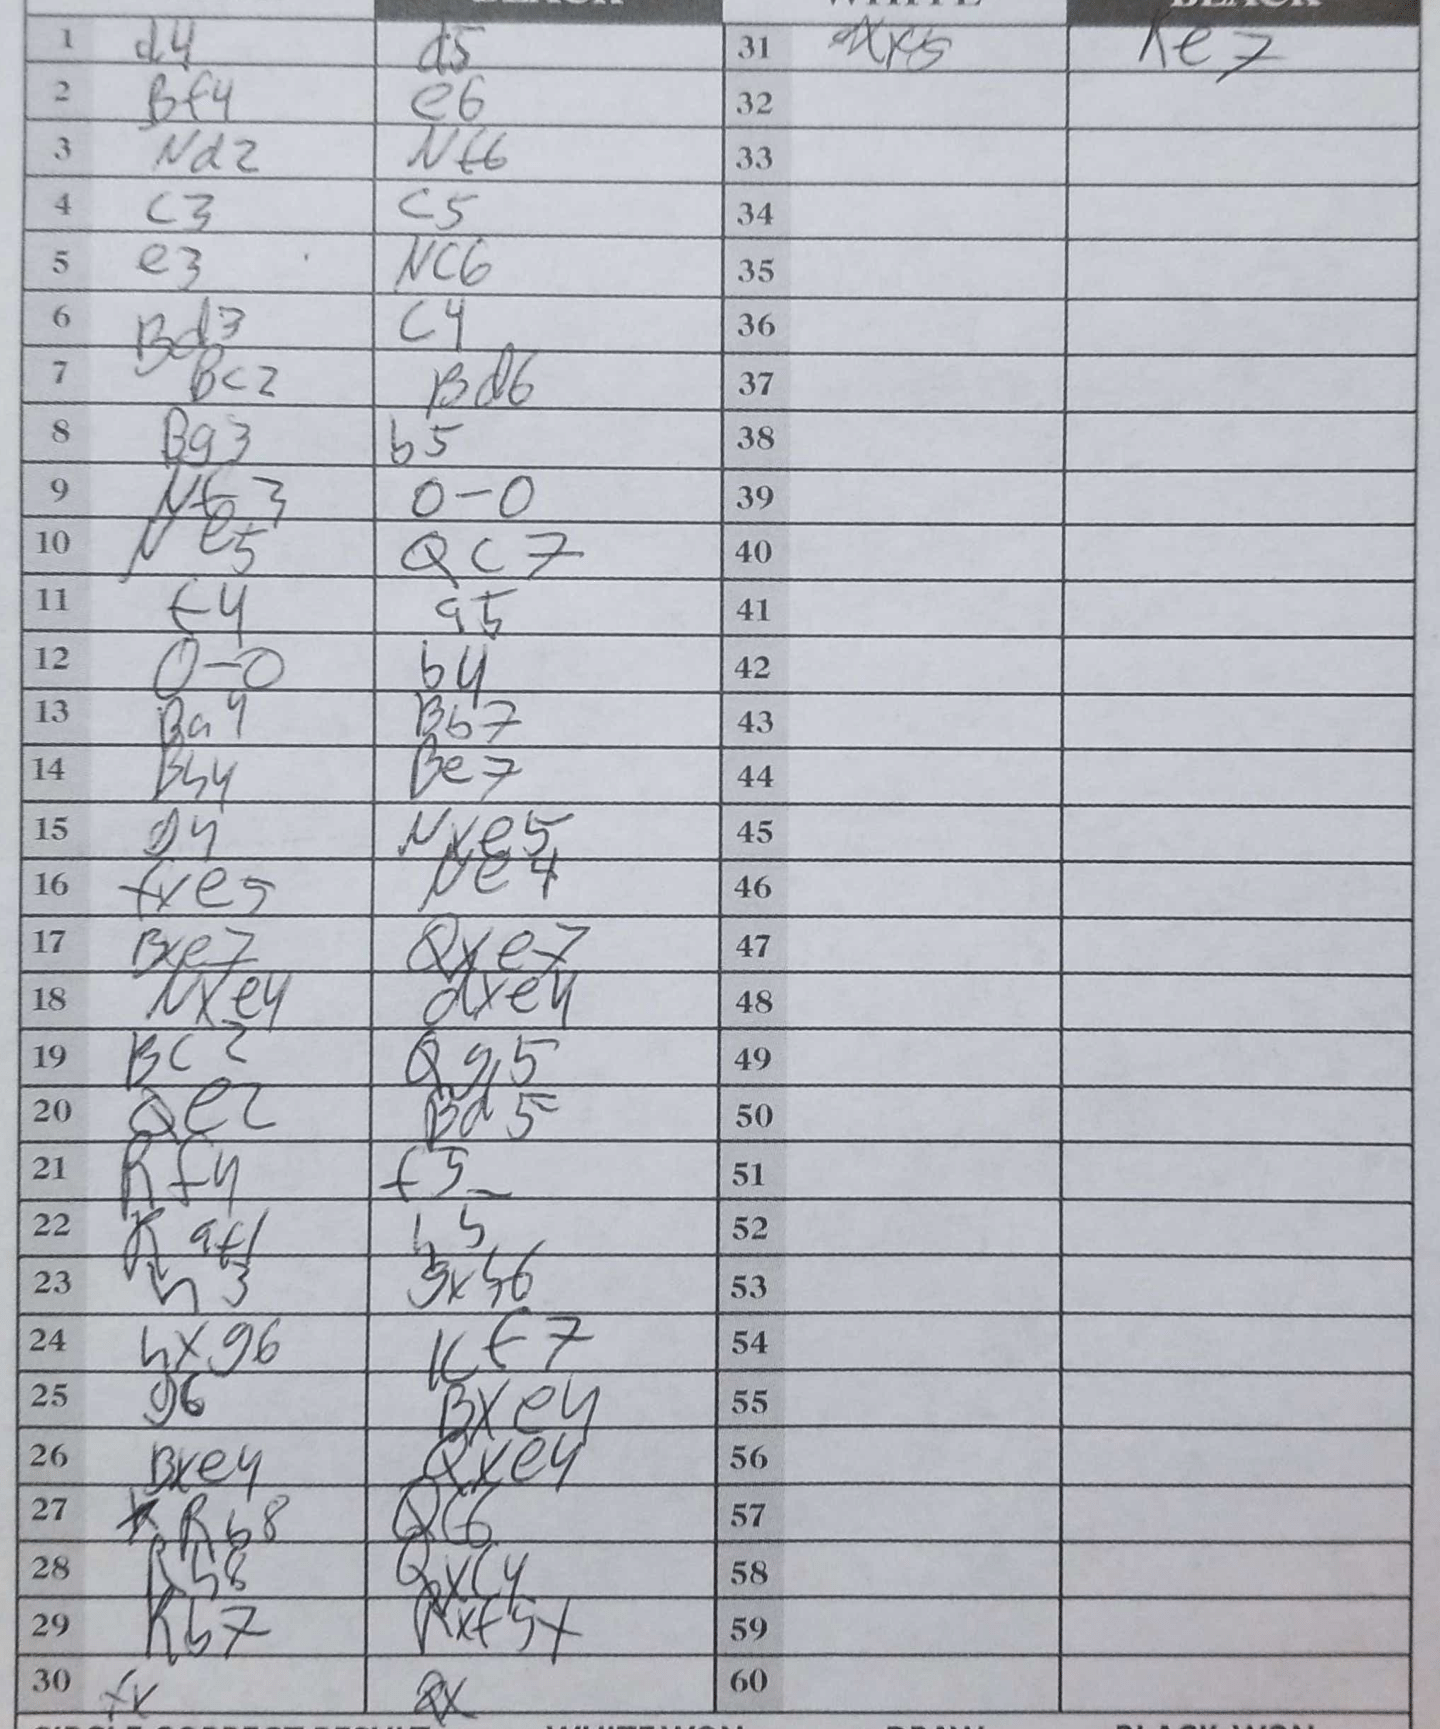
Moves: d4 d5 Bf4 e6 Nd2 Nf6 c3 c5 e3 Nc6 Bd3 c4 Bc2 Bd6 Bg3 b5 Nf3 O-O Ne5 Qc7 f4 a5 O-O b4 Ba4 Bb7 Bh4 Be7 g4 Nxe5 fxe5 Ne4 Bxe7 Qxe7 Nxe4 dxe4 Bc2 Qg5 Qe2 Bd5 Rf4 f5 Raf1 h5 h3 gxh6 hxg6 Kf7 g6 Bxe4 Bxe4 Qxe4 Rb8 Qc6 Rh8 Qxc4 Rh8 Rxf5+ fx Qx dxf5 Ke7